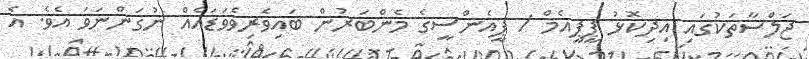
ޖަލްސާތަކުގައި އިދިކޮޅު ޕީޕީއެމް / ޕީއެންސީގެ މެންބަރުން ބައިވެރިވެވަޑައެއް ނުގަންނަވަ އެވެ. އެ